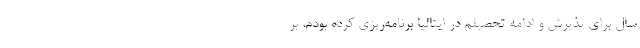
سال برای پذیرش و ادامه تحصیلم در ایتالیا برنامه‌ریزی کرده بودم، بر